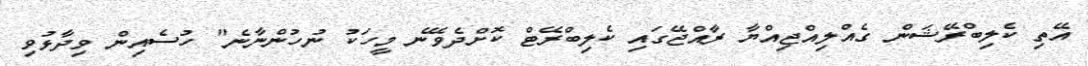
އޭތި ކެލިބްރޭޝަން ގެއްލިއްޖިއްޔާ ރާއްޖޭގައި ކެލިބްރޭޓް ކޮށްދެވޭނެ މީހަކު ނުހުންނާނެ" ހުސެއިން ވިދާޅުވި